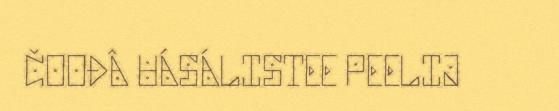
ČOOĐÂ UÁSÁLISTEE PEELIJ